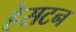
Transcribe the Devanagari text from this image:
हेसटन